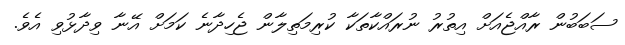
ސަބަބުން ރާއްޖެއަށް އިތުރު ނުރައްކާތަކާ ކުރިމަތިލާން ޖެހިދާނެ ކަމަށް އޭނާ ވިދާޅުވި އެވެ.